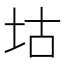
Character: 𡊜